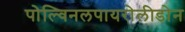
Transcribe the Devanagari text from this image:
पोल्विनलपायरोलीडोन